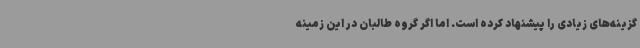
گزینه‌های زیادی را پیشنهاد کرده است. اما اگر گروه طالبان در این زمینه